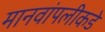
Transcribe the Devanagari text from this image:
मानवांपलीकडे